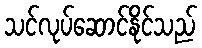
သင်လုပ်ဆောင်နိုင်သည်